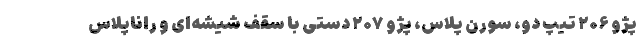
پژو ۲۰۶ تیپ دو، سورن پلاس، پژو ۲۰۷ دستی با سقف شیشه‌ای و راناپلاس